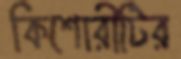
কিশোরীটির